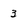
Character: 3